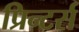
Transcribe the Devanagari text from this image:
प्रिन्टर्स